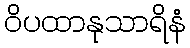
ဝိပထာနုသာရိနံ